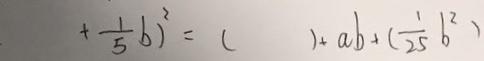
+ \frac { 1 } { 5 } b ) ^ { 2 } = ( ) + a b + ( \frac { 1 } { 2 5 } b ^ { 2 } )